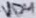
Text: VD4